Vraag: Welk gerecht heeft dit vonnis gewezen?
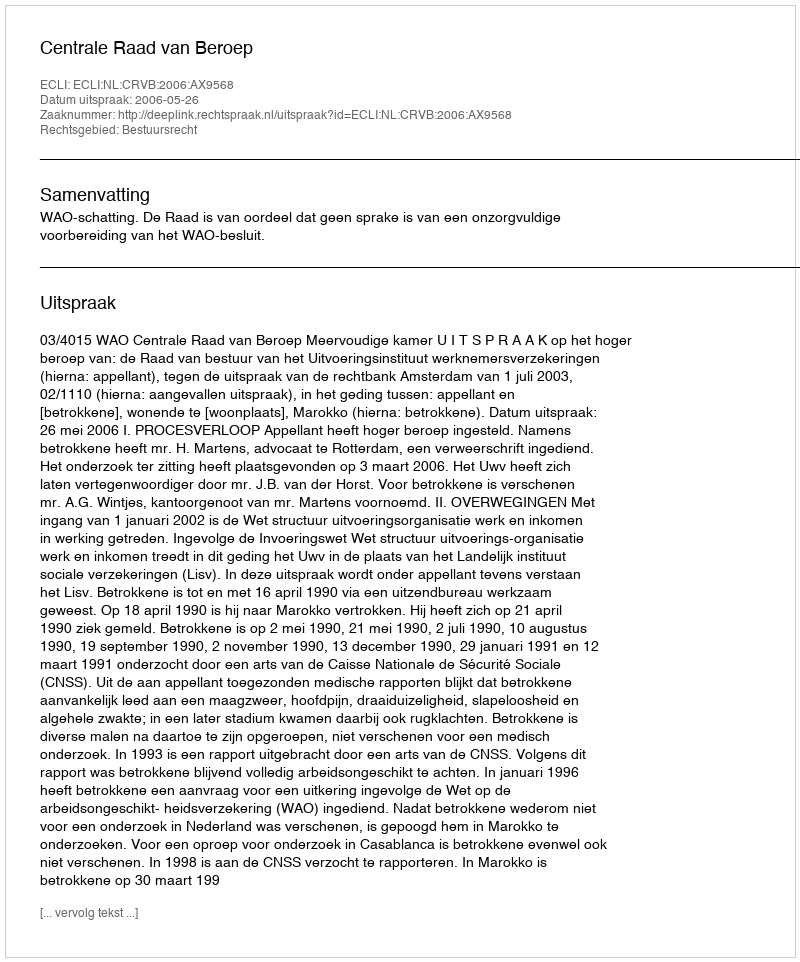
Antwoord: Centrale Raad van Beroep